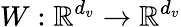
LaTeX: W:\mathbb{R}^{d_{v}}\rightarrow\mathbb{R}^{d_{v}}